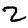
Digit: 2